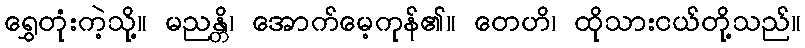
ရွှေတုံးကဲ့သို့။ မညန္တိ၊ အောက်မေ့ကုန်၏။ တေဟိ၊ ထိုသားငယ်တို့သည်။